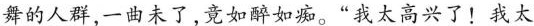
舞的人群，一曲未了,竟如醉如痴。“我太高兴了!我太